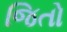
જિતો